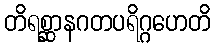
တိရစ္ဆာနဂတပရိဂ္ဂဟေတိ